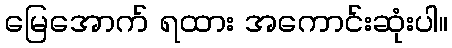
မြေအောက် ရထား အကောင်းဆုံးပါ။